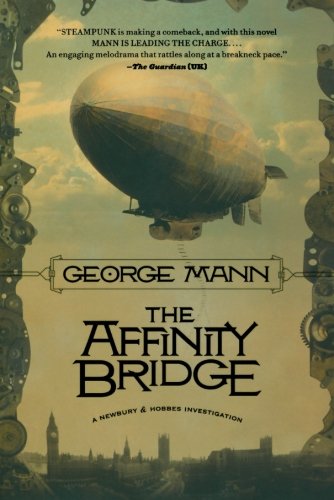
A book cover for The Affinity Bridge (Newbury & Hobbes); George Mann; Science Fiction & Fantasy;